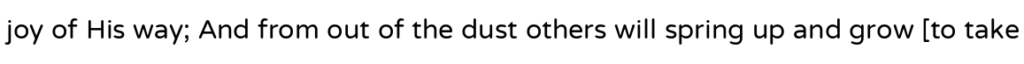
joy of His way; And from out of the dust others will spring up and grow [to take